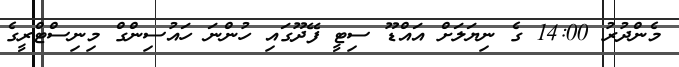
މެންދުރު 14:00 ގެ ނިޔަލަށް އައްޑޫ ސިޓީ ފޭދޫގައި ހުންނަ ހައުސިންގް މިނިސްޓްރީގެ